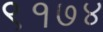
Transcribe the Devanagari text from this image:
९१७४